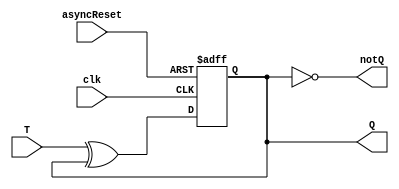
`timescale 1ns / 1ps
//////////////////////////////////////////////////////////////////////////////////
// Company: 
// Engineer: 
// 
// Design Name: 
// Module Name: tff_async_reset
// Project Name: 
// Target Devices: 
// Tool Versions: 
// Description: 
// 
// Dependencies: 
// 
// Revision:
// Revision 0.01 - File Created
// Additional Comments:
// 
//////////////////////////////////////////////////////////////////////////////////


module tff_async_reset(
    input T,
    input clk,
    input asyncReset,
    output reg Q,
    output notQ
    );
    
    initial Q = 0;
    assign notQ = ~Q;
    always @(posedge clk or posedge asyncReset) begin
        if(asyncReset) begin
            Q <= 0;
        end else begin
            Q <= T^Q;
        end
    end
    
endmodule